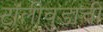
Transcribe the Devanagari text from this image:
टॉलीवुडाची